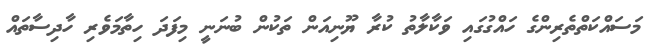
މަސައްކަތްތެރިންގެ ހައްގުގައި ވަކާލާތު ކުރާ ޔޫނިއަން ތަކުން ބުނަނީ މިފަދަ ހިތާމަވެރި ހާދިސާތައް